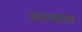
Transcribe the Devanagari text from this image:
हायथ